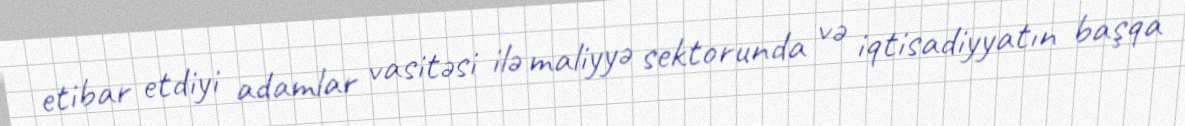
etibar etdiyi adamlar vasitəsi ilə maliyyə sektorunda və iqtisadiyyatın başqa